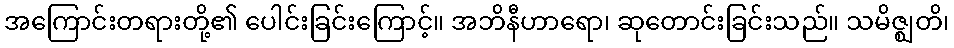
အကြောင်းတရားတို့၏ ပေါင်းခြင်းကြောင့်။ အဘိနီဟာရော၊ ဆုတောင်းခြင်းသည်။ သမိဇ္ဈတိ၊